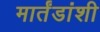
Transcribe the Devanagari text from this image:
मार्तंडांशी